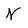
Character: N